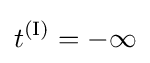
t^{\text{(I)}}=-\infty